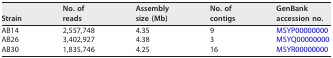
<table><thead><tr><td><b>Strain</b></td><td><b>No. of reads</b></td><td><b>Assembly size (Mb)</b></td><td><b>No. of contigs</b></td><td><b>GenBank accession no.</b></td></tr></thead><tbody><tr><td>AB14</td><td>2,557,748</td><td>4.35</td><td>9</td><td>MSYP00000000</td></tr><tr><td>AB26</td><td>3,402,927</td><td>4.38</td><td>3</td><td>MSYQ00000000</td></tr><tr><td>AB30</td><td>1,835,746</td><td>4.25</td><td>16</td><td>MSYR00000000</td></tr></tbody></table>